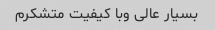
بسیار عالی وبا کیفیت متشکرم